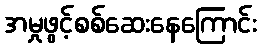
အမှုဖွင့်စစ်ဆေးနေကြောင်း